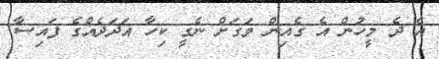
އެ ދެ މީހުން އެ ގެއިން ވަގަށް ނެގީ ކިހާ އަދަދެއްގެ ފައިސާ